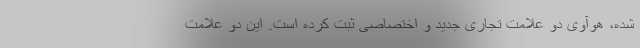
شده، هوآوی دو علامت تجاری جدید و اختصاصی ثبت کرده است. این دو علامت